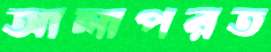
আলাপরত